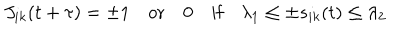
LaTeX: J _ { i k } ( t + \tau ) = \pm 1 \quad \mathrm { o r } \quad 0 \quad \mathrm { i f } \quad \lambda _ { 1 } \leq \pm s _ { i k } ( t ) \leq \lambda _ { 2 }